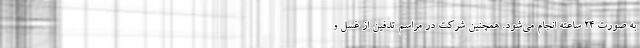
به صورت ۲۴ ساعته انجام می‌شود. همچنین شرکت در مراسم تدفین از غسل و